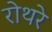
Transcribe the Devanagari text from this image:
रोथरे